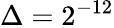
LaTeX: \Delta=2^{-12}